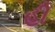
હી